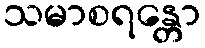
သမာစရန္တော